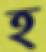
হ